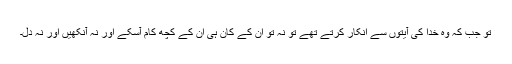
تو جب کہ وہ خدا کی آیتوں سے انکار کرتے تھے تو نہ تو ان کے کان ہی ان کے کچھ کام آسکے اور نہ آنکھیں اور نہ دل۔